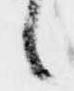
候